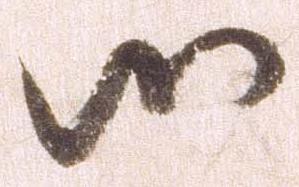
御